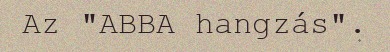
Az "ABBA hangzás".